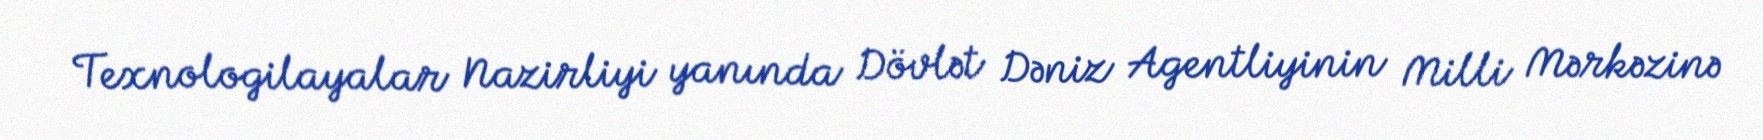
Texnologilayalar Nazirliyi yanında Dövlət Dəniz Agentliyinin Milli Mərkəzinə